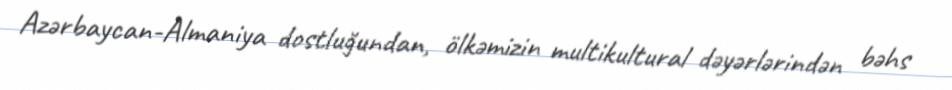
Azərbaycan-Almaniya dostluğundan, ölkəmizin multikultural dəyərlərindən bəhs